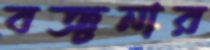
বঞ্চনার